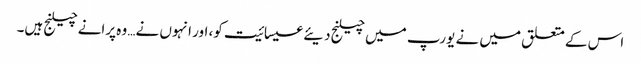
اس کے متعلق میں نے یورپ میں چیلنج دیئے عیسائیت کو، اور انہوں نے… وہ پرانے چیلنج ہیں۔